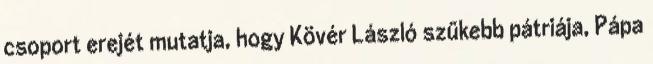
csoport erejét mutatja, hogy Kövér László szűkebb pátriája, Pápa